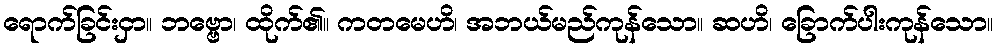
ရောက်ခြင်းငှာ။ ဘဗ္ဗော၊ ထိုက်၏။ ကတမေဟိ၊ အဘယ်မည်ကုန်သော။ ဆဟိ၊ ခြောက်ပါးကုန်သော။